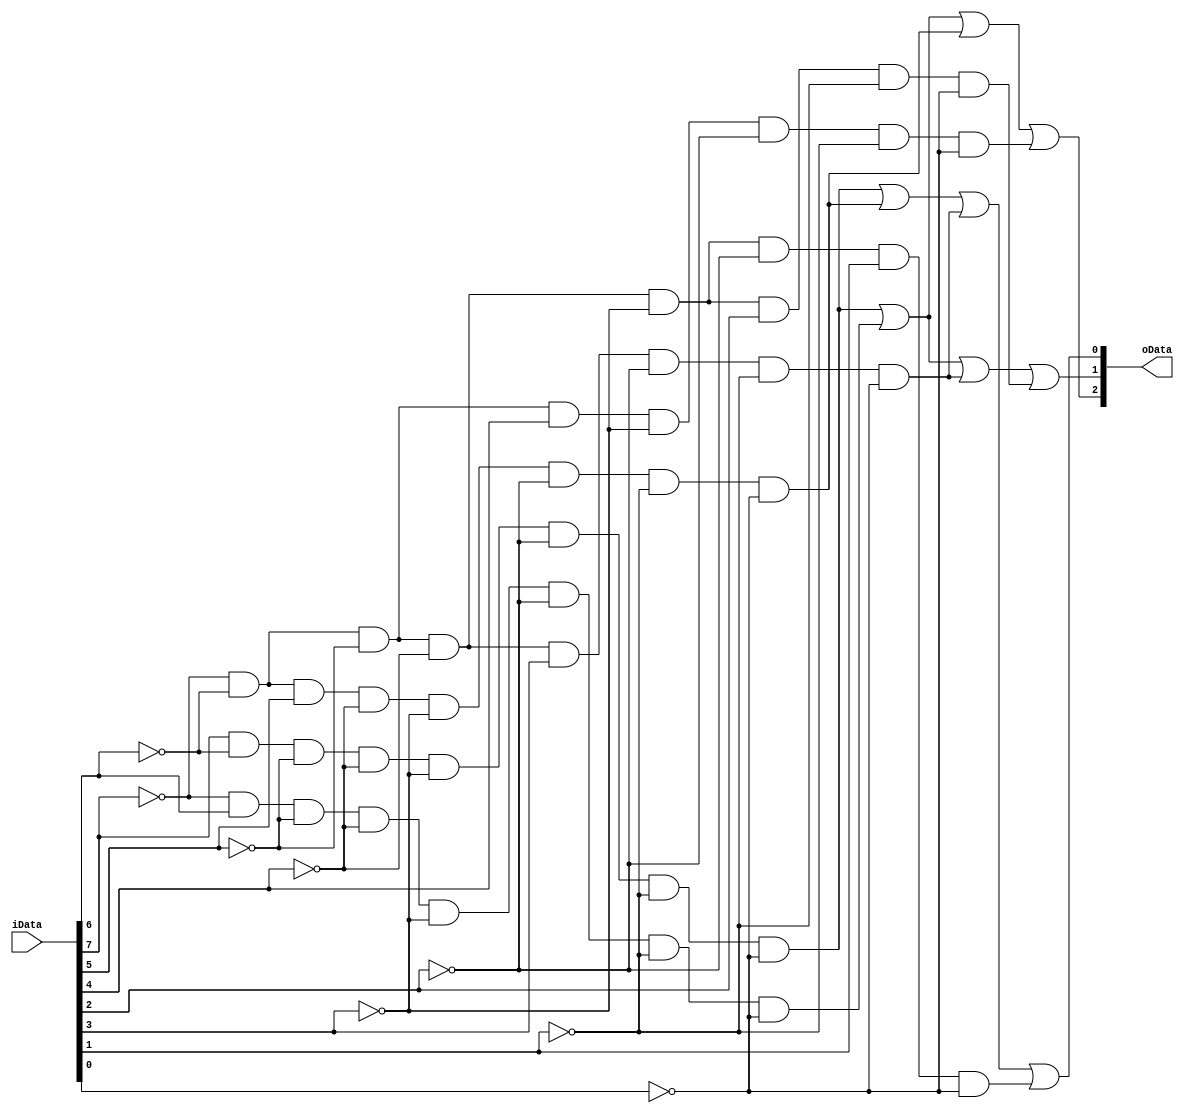
`timescale 1ns / 1ps
//////////////////////////////////////////////////////////////////////////////////
// Company: 
// Engineer: 
// 
// Design Name: 
// Module Name: encoder83
// Project Name: 
// Target Devices: 
// Tool Versions: 
// Description: 
// 
// Dependencies: 
// 
// Revision:
// Revision 0.01 - File Created
// Additional Comments:
// 
//////////////////////////////////////////////////////////////////////////////////


module encoder83(
    input [7:0] iData,
    output [2:0] oData
    );
    assign oData[2]=(iData[7]&~iData[6]&~iData[5]&~iData[4]&~iData[3]&~iData[2]&~iData[1]&~iData[0])|(~iData[7]&iData[6]&~iData[5]&~iData[4]&~iData[3]&~iData[2]&~iData[1]&~iData[0])|(~iData[7]&~iData[6]&iData[5]&~iData[4]&~iData[3]&~iData[2]&~iData[1]&~iData[0])|(~iData[7]&~iData[6]&~iData[5]&iData[4]&~iData[3]&~iData[2]&~iData[1]&~iData[0]);
    assign oData[1]=(iData[7]&~iData[6]&~iData[5]&~iData[4]&~iData[3]&~iData[2]&~iData[1]&~iData[0])|(~iData[7]&iData[6]&~iData[5]&~iData[4]&~iData[3]&~iData[2]&~iData[1]&~iData[0])|(~iData[7]&~iData[6]&~iData[5]&~iData[4]&iData[3]&~iData[2]&~iData[1]&~iData[0])|(~iData[7]&~iData[6]&~iData[5]&~iData[4]&~iData[3]&iData[2]&~iData[1]&~iData[0]);
    assign oData[0]=(iData[7]&~iData[6]&~iData[5]&~iData[4]&~iData[3]&~iData[2]&~iData[1]&~iData[0])|(~iData[7]&~iData[6]&iData[5]&~iData[4]&~iData[3]&~iData[2]&~iData[1]&~iData[0])|(~iData[7]&~iData[6]&~iData[5]&~iData[4]&iData[3]&~iData[2]&~iData[1]&~iData[0])|(~iData[7]&~iData[6]&~iData[5]&~iData[4]&~iData[3]&~iData[2]&iData[1]&~iData[0]);
endmodule